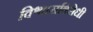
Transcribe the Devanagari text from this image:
विश्वासविरोधी